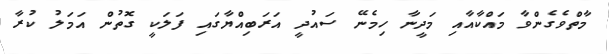
މާތްވެގެންވާ މައްކާއާއި މަދީނާ ހިމެނޭ ސައުދީ އަރަބިއްޔާގައި ފަލަކީ ގޮތުން އަމަލު ކުރާ